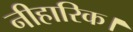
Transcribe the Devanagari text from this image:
नीहारिक।